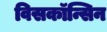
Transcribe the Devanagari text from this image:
विसकॉन्सिन